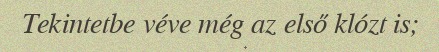
Tekintetbe véve még az első klózt is;